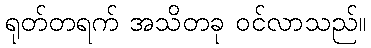
ရုတ်တရက် အသိတခု ဝင်လာသည်။